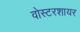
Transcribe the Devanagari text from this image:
वोस्टरशायर